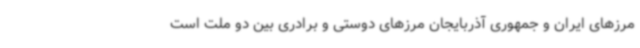
مرزهای ایران و جمهوری آذربایجان مرزهای دوستی و برادری بین دو ملت است